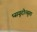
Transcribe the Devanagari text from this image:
प्सयूदोत्सुगा